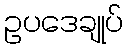
ဥပဒေချုပ်